Language: tamil
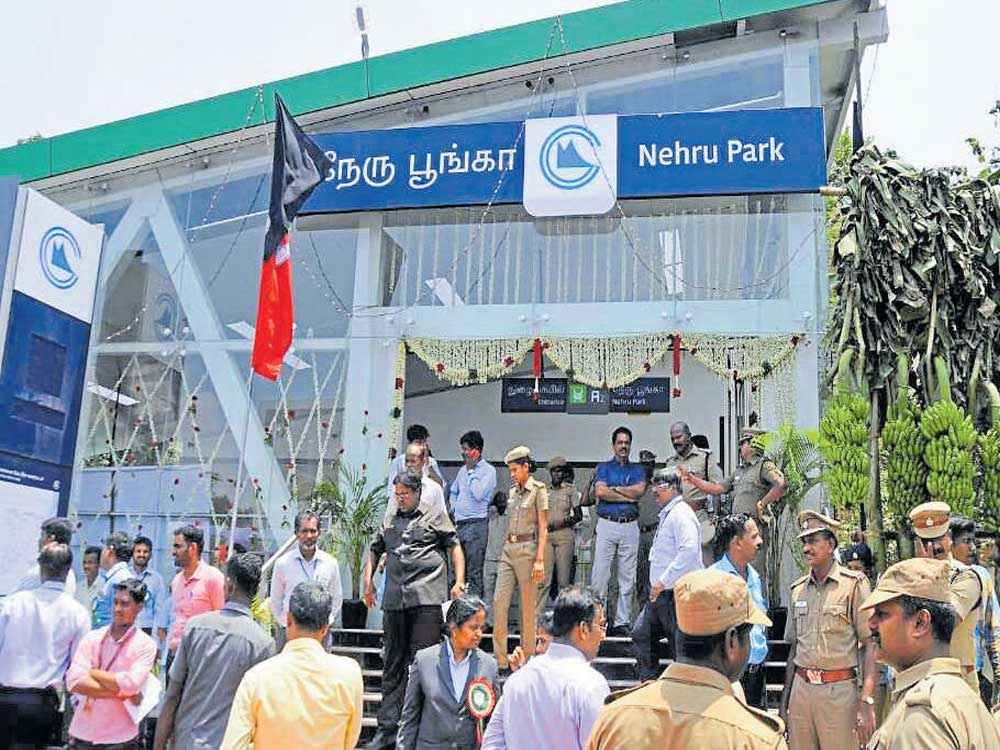
Transcription: நேரு பூங்கா பரம் பலர்